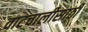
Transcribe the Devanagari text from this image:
वाटचालीसाठी